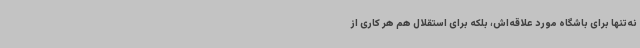
نه‌تنها برای باشگاه مورد علاقه‌اش، بلکه برای استقلال هم هر کاری از